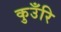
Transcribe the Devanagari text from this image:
कुउँरि